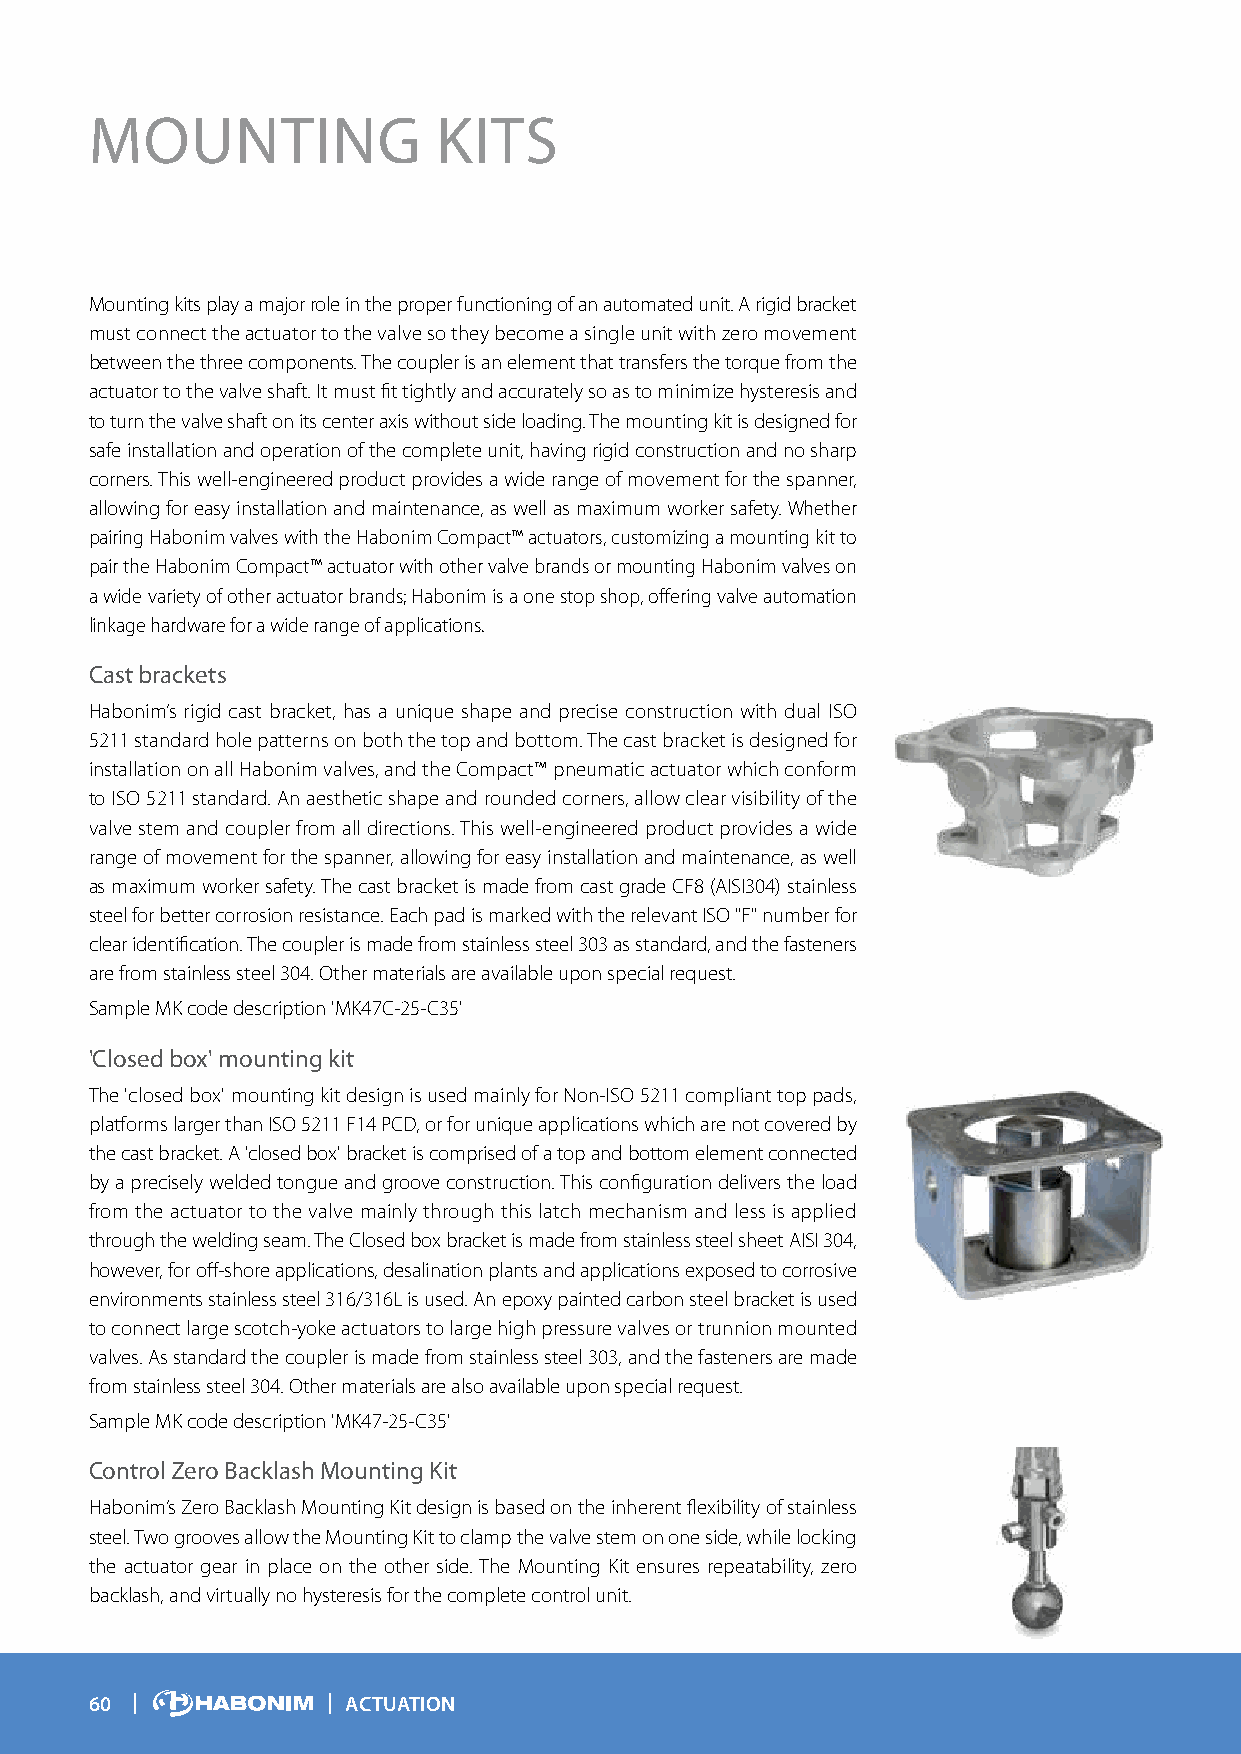
MOUNTING               KITS
 Mounting kits play a major role in the proper functioning of an automated unit. A rigid bracket
 must connect the actuator to the valve so they become a single unit with zero movement
 between the three components. The coupler is an element that transfers the torque from the
 actuator to the valve shaft. It must fit tightly and accurately so as to minimize hysteresis and
 to turn the valve shaft on its center axis without side loading. The mounting kit is designed for
 safe installation and operation of the complete unit, having rigid construction and no sharp
 corners. This well-engineered product provides a wide range of movement for the spanner,
 allowing for easy installation and maintenance, as well as maximum worker safety. Whether
 pairing Habonim valves with the Habonim Compact™ actuators, customizing a mounting kit to
 pair the Habonim Compact™ actuator with other valve brands or mounting Habonim valves on
 a wide variety of other actuator brands; Habonim is a one stop shop, offering valve automation
 linkage hardware for a wide range of applications.
 Cast brackets
 Habonim’s rigid cast bracket, has a unique shape and precise construction with dual ISO
 5211 standard hole patterns on both the top and bottom. The cast bracket is designed for
 installation on all Habonim valves, and the Compact™ pneumatic actuator which conform
 to ISO 5211 standard. An aesthetic shape and rounded corners, allow clear visibility of the
 valve stem and coupler from all directions. This well-engineered product provides a wide
 range of movement for the spanner, allowing for easy installation and maintenance, as well
 as maximum worker safety. The cast bracket is made from cast grade CF8 (AISI304) stainless
 steel for better corrosion resistance. Each pad is marked with the relevant ISO "F" number for
 clear identification. The coupler is made from stainless steel 303 as standard, and the fasteners
 are from stainless steel 304. Other materials are available upon special request.
 Sample MK code description 'MK47C-25-C35'
 'Closed box' mounting kit
 The 'closed box' mounting kit design is used mainly for Non-ISO 5211 compliant top pads,
 platforms larger than ISO 5211 F14 PCD, or for unique applications which are not covered by
 the cast bracket. A 'closed box' bracket is comprised of a top and bottom element connected
 by a precisely welded tongue and groove construction. This configuration delivers the load
 from the actuator to the valve mainly through this latch mechanism and less is applied
 through the welding seam. The Closed box bracket is made from stainless steel sheet AISI 304,
 however, for off-shore applications, desalination plants and applications exposed to corrosive
 environments stainless steel 316/316L is used. An epoxy painted carbon steel bracket is used
 to connect large scotch-yoke actuators to large high pressure valves or trunnion mounted
 valves. As standard the coupler is made from stainless steel 303, and the fasteners are made
 from stainless steel 304. Other materials are also available upon special request.
 Sample MK code description 'MK47-25-C35'
 Control Zero Backlash Mounting Kit
 Habonim’s Zero Backlash Mounting Kit design is based on the inherent flexibility of stainless
 steel. Two grooves allow the Mounting Kit to clamp the valve stem on one side, while locking
 the actuator gear in place on the other side. The Mounting Kit ensures repeatability, zero
 backlash, and virtually no hysteresis for the complete control unit.
 60               ACTUATION